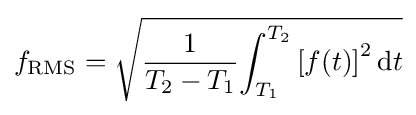
f_{\text{RMS}}={\sqrt {{1 \over {T_{2}-T_{1}}}{\int _{T_{1}}^{T_{2}}{[f(t)]}^{2}\,{\rm {d}}t}}}